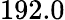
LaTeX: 192.0